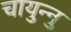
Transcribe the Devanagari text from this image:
चायुन्नु